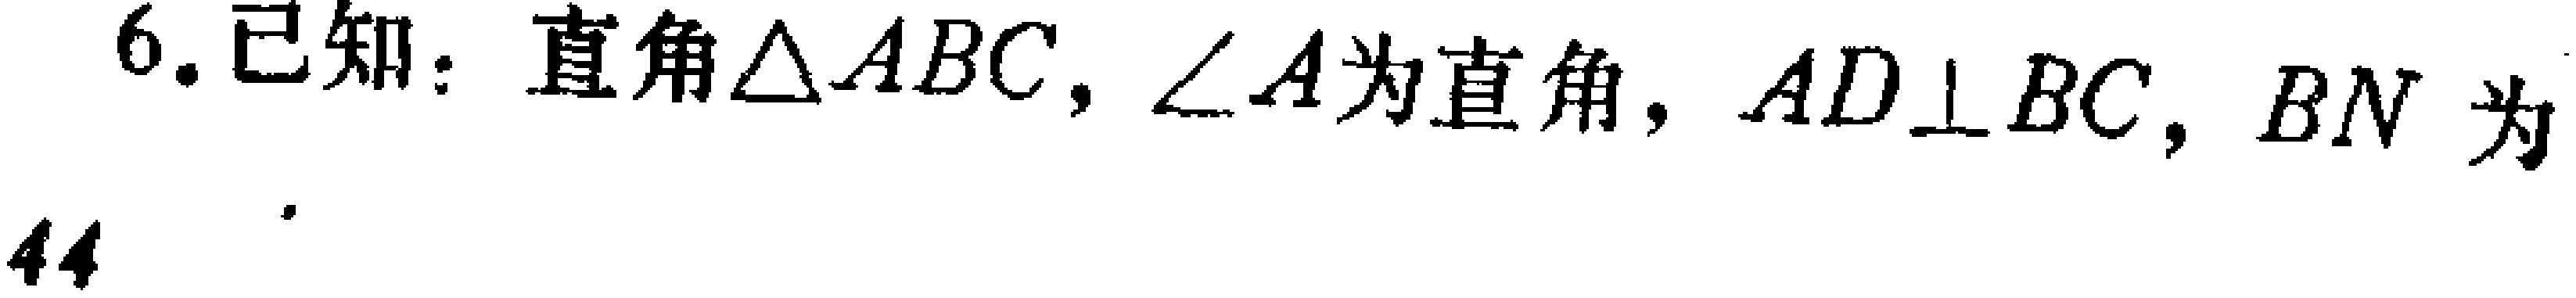
6.已知：直角$\triangle ABC$，$\angle A$为直角，$AD\perp BC$，$BN$为

44